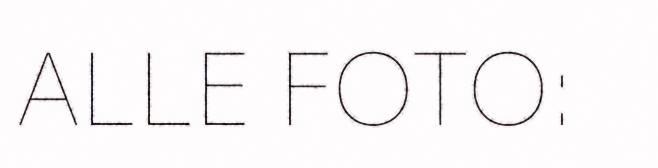
ALLE FOTO: